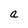
Character: n